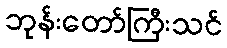
ဘုန်းတော်ကြီးသင်